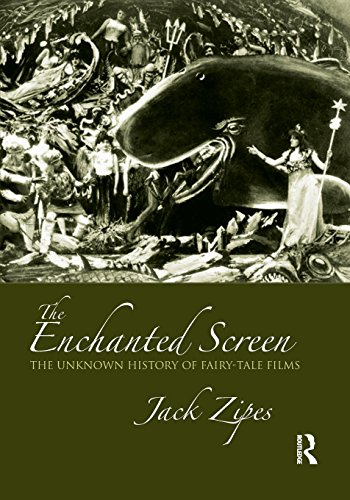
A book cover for The Enchanted Screen: The Unknown History of Fairy-Tale Films; Jack Zipes; Humor & Entertainment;